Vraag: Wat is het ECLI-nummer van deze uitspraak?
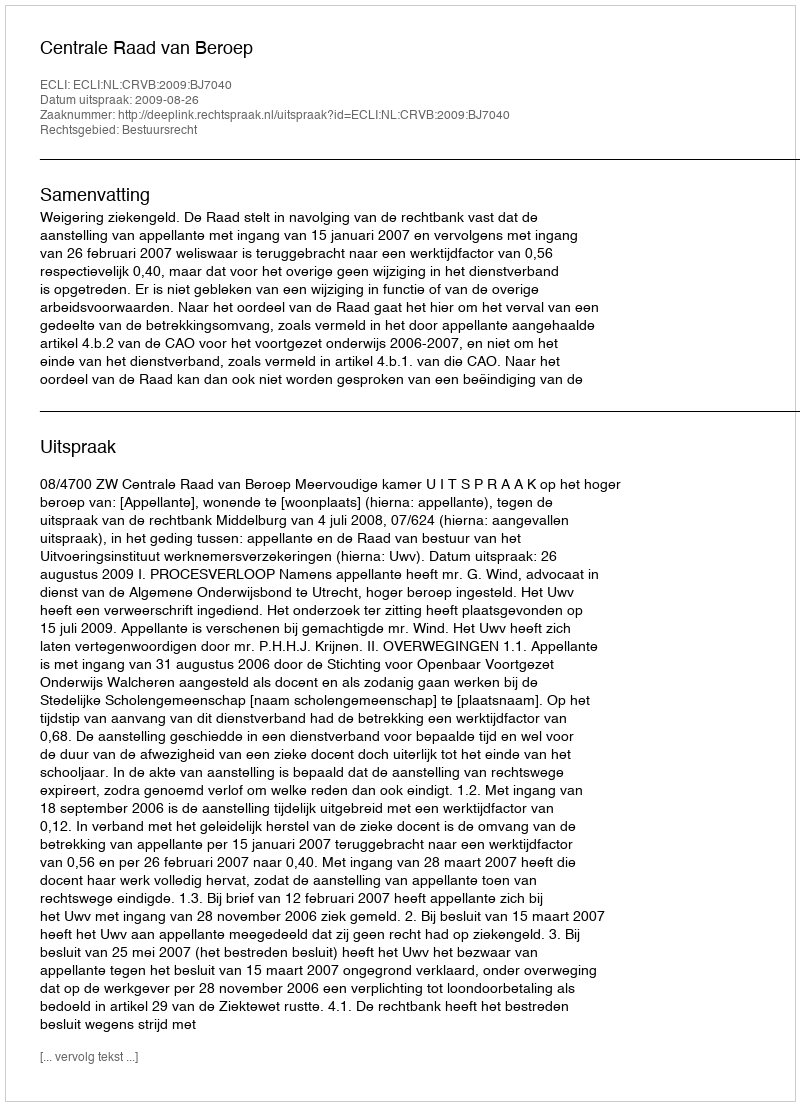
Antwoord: ECLI:NL:CRVB:2009:BJ7040